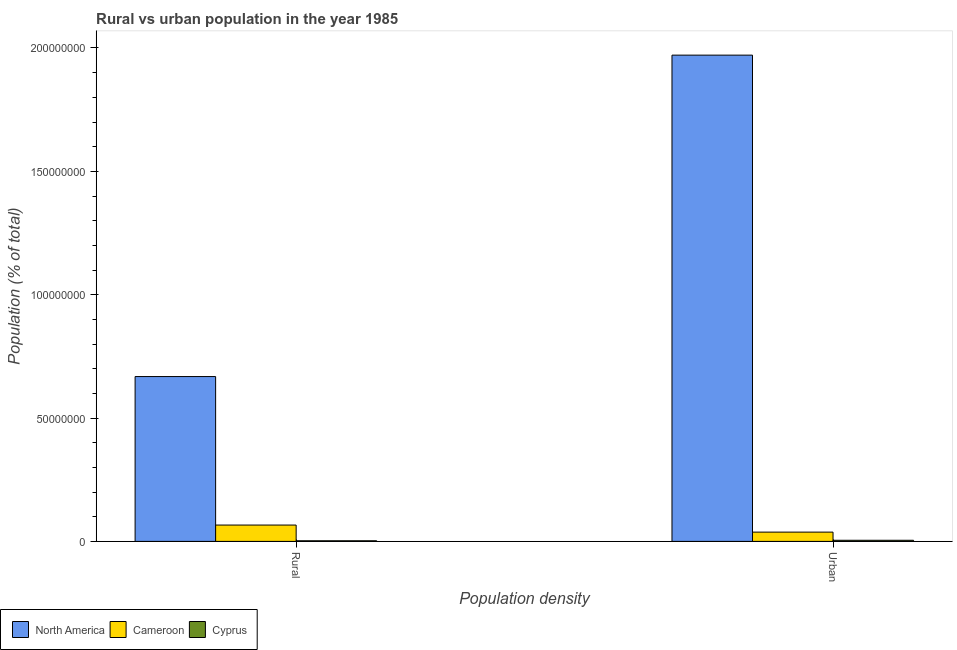
| Population density | North America | Cameroon | Cyprus |
 | --- | --- | --- | --- |
 | Rural | 6.68e+07 | 6.62e+06 | 2.49e+05 |
 | Urban | 1.97e+08 | 3.76e+06 | 4.55e+05 |